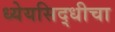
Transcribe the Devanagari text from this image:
ध्येयसिद्धीचा